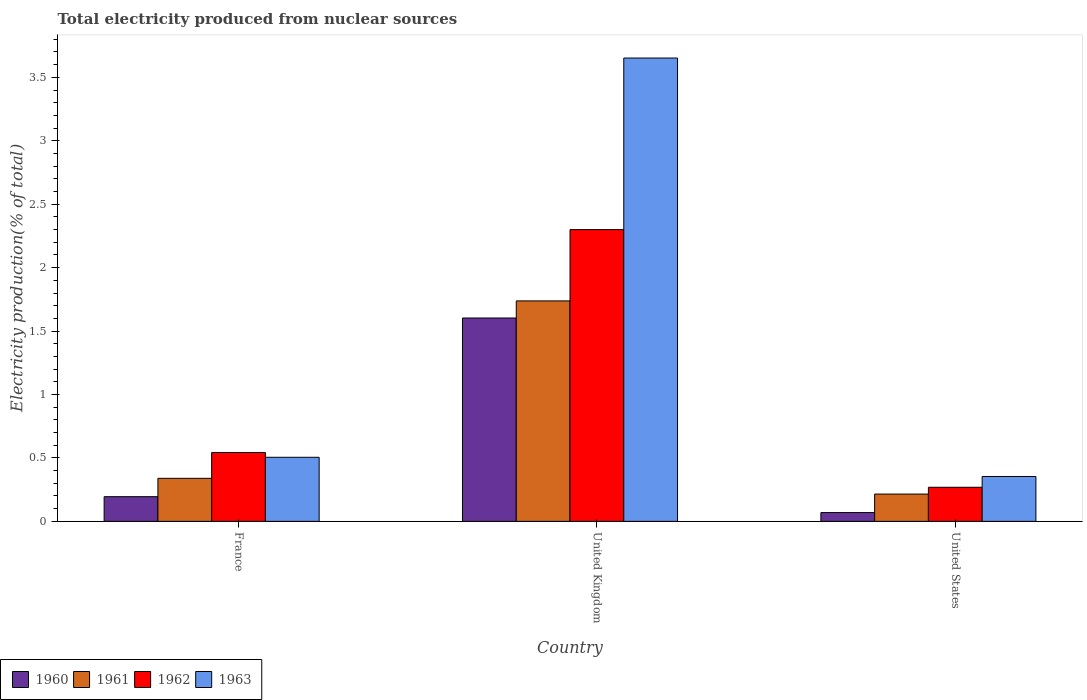
| Country | 1960 | 1961 | 1962 | 1963 |
 | --- | --- | --- | --- | --- |
 | France | 0.195 | 0.339 | 0.543 | 0.505 |
 | United Kingdom | 1.6 | 1.74 | 2.3 | 3.65 |
 | United States | 0.0693 | 0.215 | 0.269 | 0.354 |